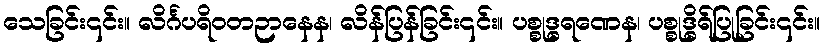
သေခြင်း၎င်း။ လိင်္ဂပရိဝတဉာနေန၊ လိန်ပြန်ခြင်း၎င်း။ ပစ္စုဒ္ဓရဏေန၊ ပစ္စုဒ္ဓိရ်ပြုခြင်း၎င်း။